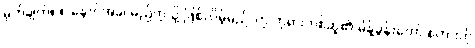
မှတ်ချက်။ ။”နောင်အခါ မည်ကဲ့သို့ ဖြစ်လိမ့်မည်”ဟု ဘုရားတစ်ဆူ၏ မိန့်ခွန်းတော် စကားကို